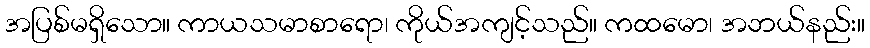
အပြစ်မရှိသော။ ကာယသမာစာရော၊ ကိုယ်အကျင့်သည်။ ကထမော၊ အဘယ်နည်း။